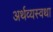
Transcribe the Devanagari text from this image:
अर्थव्यस्वथा